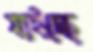
যাইচ্ছে